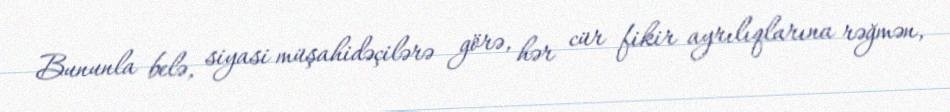
Bununla belə, siyasi müşahidəçilərə görə, hər cür fikir ayrılıqlarına rəğmən,